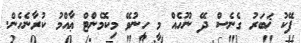
ފޭކު ޚަބަރު ގެނެސް ދޭ ނޫހެއް މީ ހީނުވޭ މިކޮމެންޓް ޢާއްމު ކުރާނެހެން.